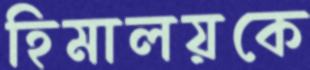
হিমালয়কে